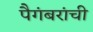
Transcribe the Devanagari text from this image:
पैगंबरांची